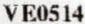
VE0514